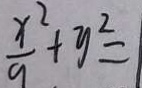
\frac { x ^ { 2 } } { 9 } + y ^ { 2 } =